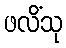
ဖလိံသု